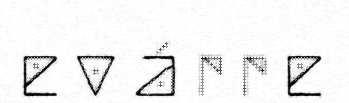
e v á r r e